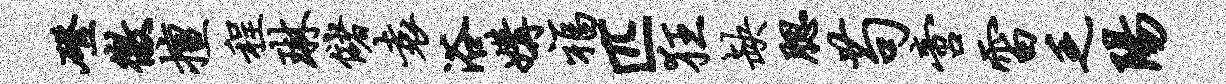
磴徼擅程琳储袁浴媾福匹狂缺腮苟啻雷乏阳